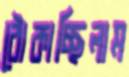
ঠোকাচ্ছিলাম